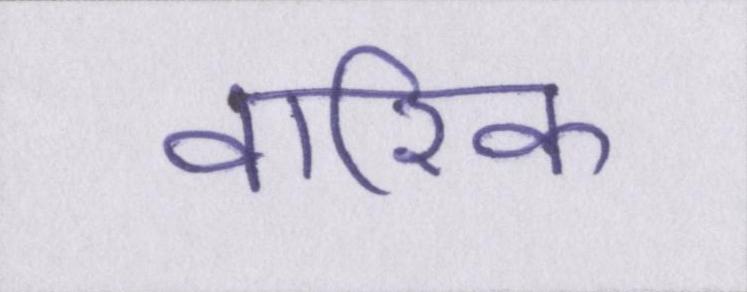
वारिक